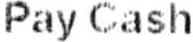
PAY CASH